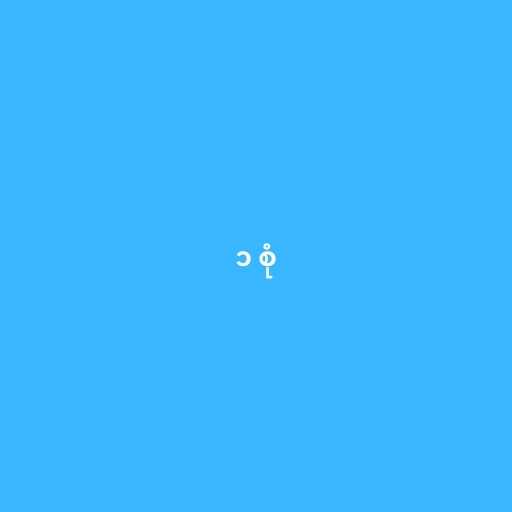
၁ စုံ